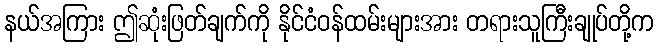
နယ်အကြား ဤဆုံးဖြတ်ချက်ကို နိုင်ငံဝန်ထမ်းများအား တရားသူကြီးချုပ်တို့က